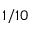
1 / 1 0